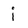
Character: i